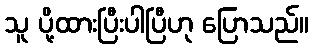
သူ ပို့ထားပြီးပါပြီဟု ပြောသည်။